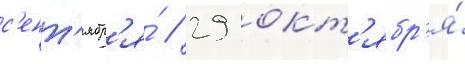
с'ент'ябр'я́ // 29 окт'ябр'я́